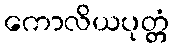
ကောလိယပုတ္တံ